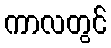
ကာလတွင်